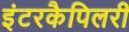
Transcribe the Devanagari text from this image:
इंटरकैपिलरी